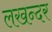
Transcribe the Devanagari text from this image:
लखन्दर